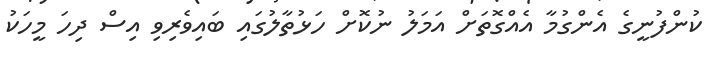
ކުންފުނީގެ އެންގުމާ އެއްގޮތަށް އަމަލު ނުކޮށް ހަޅުތާލުގައި ބައިވެރިވި އިސް ދިހަ މީހަކު